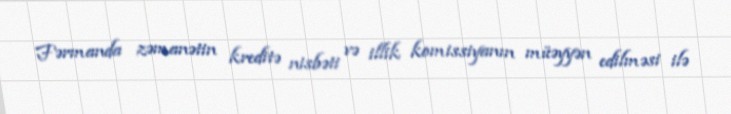
Fərmanda zəmanətin kreditə nisbəti və illik komissiyanın müəyyən edilməsi ilə